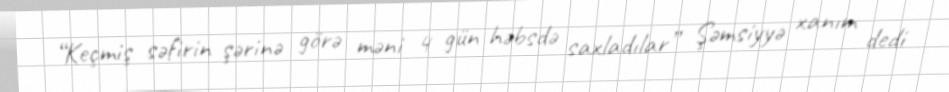
“Keçmiş səfirin şərinə görə məni 4 gün həbsdə saxladılar” Şəmsiyyə xanım dedi